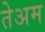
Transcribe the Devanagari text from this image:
तेअम